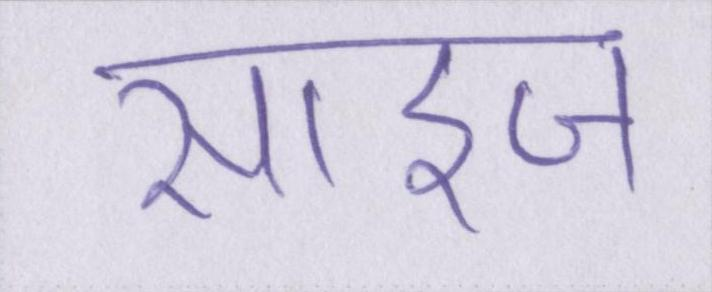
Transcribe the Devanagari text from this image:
साइज